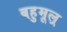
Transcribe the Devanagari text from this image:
बहुमूल्र